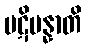
ပဋိပန္နာတိ